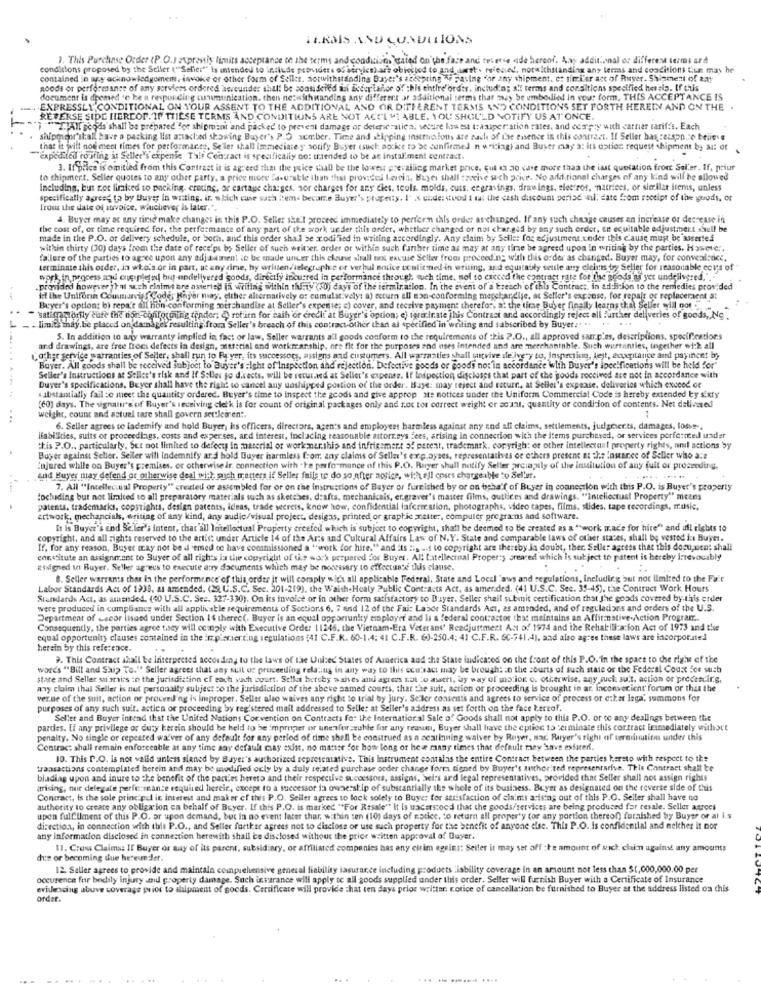
TLRMIS AND CUNDLLIONS
1. This Purchase Order (P.O.J expressly limits acceptance de the terms and conditions"cated on the face and teserie ade herenf. Any additional or different termi ard
conditions proposed by the Seller (""Seller"" is intended to include providers of service) are obiccied to and est. refesied, notwithstanding any terms and conditions tius mas he
contained in ary acknowledgement, invoke or other form of Seiler. aotwithstanding Buyer's accepting . Fasing "or any shipment. et simi'er act of Buyer. Shipment of any
goods or performance of any services ordered wereunder shall be considered auf acceptance of this ehtire order, including al terms and conditions specified hereis. If this
document Is deemed se ke a responding uuuu nication, then ne:withstanding any different ar additional terms that may be umbodied in your form, THIS ACCEPTANCE IS
EXPRESSLY CONDITIONAL ON YOUR ASSENT TO THE ADDITIONAL AND OR DIFFERENT TERMS AND CONDITIONS SET FORTH HEREIN AND ON THE .
REFERSE SIDE HEREOF. IF THESE TERMS AND CONDITIONS ARE NOT ACTI MI ABLE, YOU SHOULD NOTIFY US AT ONCE.
All goods shall be prepared for shipment and packed to prevent damage or detenie :stica, secure honest t:ausper ation rates, and cesty with carrier tariffs. Each
shipmeor'shall have a packing list attached showing Buyer's P.O aember. Time and shipping instructions ate sach of the essence in this contract. Il Seller has serspo to believe
that it will noe meet tinses for performance, Seller shall immediate y sorify Buyer (such aocke to be confirmed in writing) and Buser may a: its option request shipment by alt of
"Expedited tosfing it Seller's expense Tals Contract is specifically no: trtended to be at installment contract.
3. If price is omitied from this Contract it is agreed that the price shall be the lowest prevailing market price, qui i 20 kate more than the iast quotation from Saler. If, poiur
to shipment. Seller quotes to any other party. a price more fa-urable than that provided levcia, Buyer shall szocive such price. No additional charges of any kind will be allowed
including, but not limited to packing, cretine, or cartage charges, aor charges for any dies. tools, molds, cuts. engravings, drawings, electros, natrices, or similar itens, unless
specifically agreed to by Buyer in writing. it. which cuse sash l'em< becare Buyer's property. I .s cude: stood I tut the cash discount perise -nul, date from receipt of the goods, or
Tross the date of anvoice, whichever is later.".
4. Buyer may at any time make changes in this P.O. Seller she .! proceed immediately to perfern this order as-changed. If any such change causes an increase or decrease in
the cost of, or time required for, the performance of any part of the work under this order, whether changed or not char.gid by any such order, un equitable edjustitieit shall be
made in the P.O. or delivery schedule, or both, and this order shall be modified in writing accordingly. Any claim by Seiler for adjustment.under this cause must be asserted
within thirty (30) days from the date of rece!ps by Seller of such weiter. order or within such further time as may at any time be agreed upon In writing by the parties. However,
fallere of the parties to agree upon any adjamment to be ende unter this chauve shall not excuie Selber frees proceeding with this order as changed. Buyer may, for conveal:oct.
terminate this order, Ja who's or in part, at any time, hy written/ telegraph e er ver hul notice confirmed in writing, and equitably settle any eleints by Seller for reasonable ects of"
work in process and ong pleted but undelivered goods, directly incurred in performance through, weh time, nof to cxcced the contract rate for the goods'as yet undelivered,
.provided however That such claims are asserted in writing within thi.ty (30) days of the termination. In the event of a Ereach of this Contract, in addition to the remedies provided
Ift the Uniforin Counurcie {Code, Rapor niay, elther alternatively or cumulst.vely: a) ecturn all son-conforming merchandise, at Seller's expose, for repair or replacement at
Buyer's option; b) repa'e all hon conforming merchandise at Seller's experte; c) cover, and receive payment therefor, at the time Buber finally learns that Seller will not
"satigorily cute the non conforming tinder; 4 ret'in for cash or credit at Buyer's option; ej terminate This Contract and accordingly reject all further deliveries of goods, No
.limits indy. be placed on da:nagel resulting from Seller's breach of this contract-other than al specified in writing and sabscribed by Buyer .. ..
5. In addition to wy warranty implied in fact or law, Seller warrants all goods conform to the requirements of this ?. O ., all approved sarr.p.es, descriptions, specifications
and drawings, are free fromt defects in design, material and workmanship, are fit for the purposes and nses intended and are merchantable. Such warranties, together wi:k all
Cacher service warranties of Seller, shall run to Payer, its successots, assigns and customers. All warranties shall vive delivery to, inspecting, lejt, auxpitance and payinent by
Bayer. All goods shall be received subject to Buyer's :Ight of Inspection and rejection. Defective goods or goods not in accordance with Buyer's ipccifications will be held for"
-
Seller's Instructions at Seller's risk and If Soller jo directs, will be returned at Seller's expense. If Inspection discloses that part of the goods roccived are not in accordance with
4 abstantially fail to meet the quantity ordered. Buyer's time to inspect the goods and give approp ste notices under the Uniform Commercial Code is hereby extended by sixty
Buyer's specifications. Beyer shall have the right to cancel any uashipped portion of the order. Baye: may reject and returr ., at Seller's expense, deliveries which exceed of
(60) days. The signalu's of Buyer's receiving clet'k is for count of original packages only and rot tor correct weight er sont, quantity of condition of contents. Net delivered
...
weight, count and actuel tare shall govern set:leeren ..
6. Seller agrees to lademify and hold Buyer, is officers, directors, agen's and employees harmless against any and all claims, settlements, judgeer.ts, damages, losse -.
LEabildies, suits or proceedings, costs and exper.ses, and interest, inclacing reasonable attorneys fees, arising in connection with the items purchased, or services porfe:nted uader
this P.O ., particularly, but not limited to defect in material of worknership and infrissment of patent, trademark, copyrigh: or other intellectaut property rights, anil actions by
Buyer against Seller. Seller will indemnify ar d hold Buyer harmless from, any claims of Seller's exp.byses, representatives oe others present at the lostance of Seller who are
Injured while on Buyer's premises. or otherwise ir connection with . he performance of this P.O. Rayer shall notify Seller arcia;nily of the institution of any fuit or proceeding.
and Buyer may defend or otherwise deal with such tretters if Seller fails to do so after notice, with all costs chargeable to Sel'ur.
7. All "Intellectual Property" created or assembled for or on the instructions of Bayer or furnished by or on behalf of Buyer in connection with this P.O. is Buyer's property
dochding but not limited to all preparatory materials such as sketches, drafts, mechanicais, er.graver's master films, outlices and drawings. "Intellectual Property" means
patents, trademarks, copyrights, design patents, ideas, trade secrets, know how, confidential lafcrer.stion, photographs, video tapes, films. slides, tape recordings, music,
artwork, mechancials, writing of any kind, any audio/visual project, desigas, printed or graphic metter, computer pre gra-ns and software.
It is Buyer's end Se.let's intent, chat all Intellectual Property ercefed which is subject to copyright, shall be deemed to Be created as a ""work made for hire" and all elghts to
copyright, and all rights reserved to the artist under Article 14 of the Arts and Cultural Affairs Law of N.Y. State and comparable laws of other states, shall be vestod ins Buyer.
If, for any reason, Buyer may not be d'emed ce have commissioned a "work for hire," and its tis ... to copyright are thereby in doubt, ther. Seller agrees that this document shall
constitute an assignment to Buyer of all rights is the copyright of the work prepared for Buyer. Al tatellectual Property sreared which is subject to patent is hereby Irrevocably
#isigned in Buyer. Seller agrecs to execute atry documents which may be necessary to siffectuate this clanse.
8. Seller warrants that la the performance of this order it will comply with all applicable Federal, State and Local "aws and regulations, including but not limited to the Fait
Labor Standards Act of 1938. as amended. (29, U.S.C. See. 201-219), the Waish-Healy Public Contracts Act, as amended. (41 U.S.C. Sec. 35-45), the Contract Work Hours
Standards Act, as amended. (90 U.S.C. Sec. 327-330). On its invoice or in other form satisfactory to Dayer, Seller shall submit certification that the goods covered by this order
were produced in compliance with all applicable requirements of Sections 6, 7 and 12 of the Fai: Labor Standards Act, as amended, and of regulations and orders of the U.S.
Department of wecor lissed under Section 14 therect. Buyer is an equal opportunity employer and li a federal contrastor that maintains an Affirmative Action Program ..
Consequently, the parties agree tsey will comply with Executive Order 11246. the Vietnam-Era Veterans' Readjustmert Act of 1974 and the Rehabilitation Act of 1973 and the
equal opportunity clauses contained in the in planter ting regulations (41 C.F.R. 60-1.4: 41 C.F.R. 6)-250.4; 41 C.F.R. SC-741.4), and also agree these laws are incorporated
herein by this reference.
. This Contract shall be Interpreted according to the laws of the United States of America and the State indicated on the front of this P.O. in the space to che right of the
words "Bill and Ship To." Seller agrees that any suit de proceeding relating in any way to this ocu'sact may be brought in the courts of such state of the Federal Coast Sce such
state and Seller su anis :o the jurisdiction cf eoch ,uch court. Sella borchy waives and agrees not to assert, by way of motion o. otherwise, any such suit, action or procescir.s.
any claim that Seller is nut personally subject to the jurisdiction of the above samed courts, that the suit, action or proceeding is brought in ar. inconvenient' forum or that the
ver.ne of the suit, action or proceed ng is improper. Seller also waives any right to trial by jury. Seller consents and agrees to service of process or etker laga' summons for
purposes of any such suit. actien or proceeding by registered mail addressed to Selle: at Seller's address as set forth on the face kertof.
Seller and Buyer intend that the United Nations Convention on Contracts for the International Sale of Goods shall not apply to this P.O. or to any dealings between the
pardes. Li any privilege of duty kersin should be held to be improper or unenforceable for any reas, Buyer shall have the eplion to terminate this contract Erimediately withatt
penalty. No single or repeated wa'ver of any default for any period of time shall be construed as a seatinning waiver by Royer, nad Buyer's right of termination under this
Contract shall remain enforceable at any time any defauk may exist, no matter for how long or hea many times that default may have exfared.
10. This P.O. is not valid antess signed by Bayer's authorized representative. This Instrument contains the entire Contract between the parties kersto with respect to the
transactions contemplated berein and may be modified ogly by a duly related purchase order change form tigned by Buyer's authorized representarive. This Contract shall be
bladias upon and inure to the benefit of the parties hereto and their respective successors, assigns, bel:s ard legal representatives, provided that Seller shall not assign rights
arising, nur delegate perfe:reante required lereir, except to a successor fa ownership of substantially the whole of its business. Buyer as designated on the reverse side of this
Contract, is the sole principal in interest and maker of this P.O. Seiler agrees to lock solely to Buye: for satisfaction of claints aristas out of this P.O. Seller shall have no
authority to create any obliga ion en behalf of Buyer. If this P.O. is marked "For Resale" It Is uacers:ocd that the goods/services are being produced for resale. Seller aarces
upen fulfilment of this P.O. or upon demand, but In no event later thar, within ten (10) days of notice, to return all property (or any portion thereof) furnished by Buyer or al I.s
direction, in connection with this P.O ., and Seller further agrees not to disclose or use such property for the benefit of anyone else. This P.O. is confidential and melcher it por
any information disclosed in connection herewith shall be disclosed without the prior written approval of Buyer.
11. Cross Claims: If Buyer or say of its parent, subsidiary, or affiliated companies bas eny cirim ogsint: Seiler it may set off the amount of wich claim against any amounts
due or becoming due hereunder.
12. Saller agrees to provide and maintain counpuchiensive general liability insurance including products :isbility coverage in an amount not less than $1,000,000.00 per
occurence fur bodily injury and property damage. Such istarance will apply to all goods supplied under this order. Seller will furnish Buyer with a Certificate of Insurance
evidencing abuve coverage prior to shipment of goods. Certificate will provide that ten days prior wel:tar. r.otice of cancellation be furnished to Buyer at the address listed on this
order.
... .. ...... ....